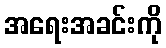
အရေးအခင်းကို